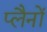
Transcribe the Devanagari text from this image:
प्लैनों